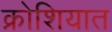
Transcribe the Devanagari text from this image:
क्रोशियात